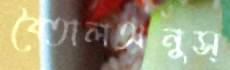
বৈতালঅনুস্